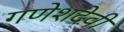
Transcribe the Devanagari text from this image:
गणेशदेवी